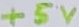
Text: +5V